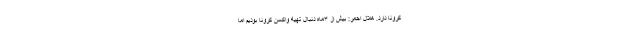
کرونا دارد. هلال احمر: بیش از ۳ماه دنبال تهیه واکسن کرونا بودیم اما